Annual report of the Punjab Veterinary College and of the Civil Veterinary Department, Punjab - 1920-1925
Year: 1920
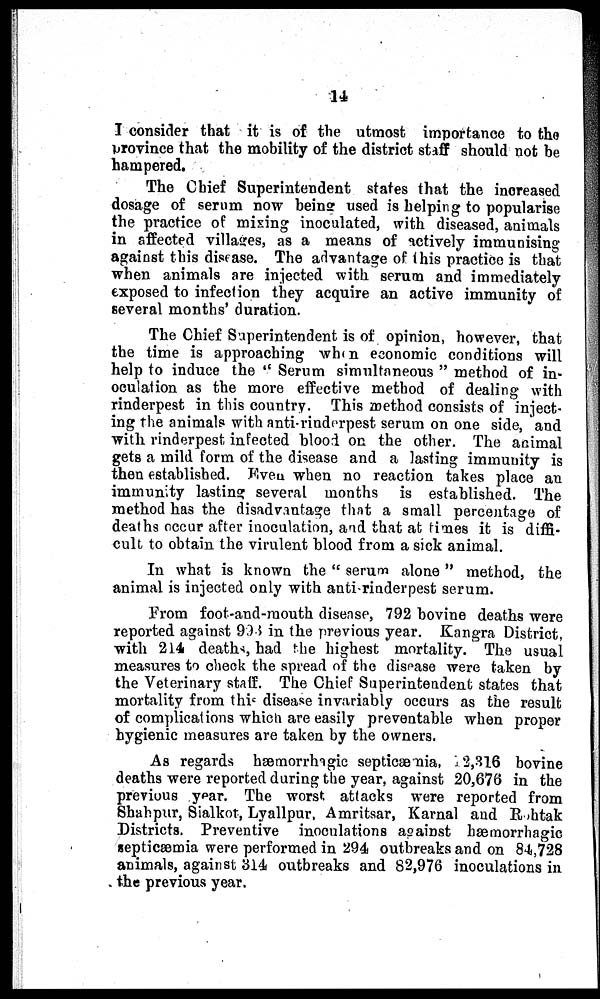
14
I consider that it is of the utmost importance to the
province that the mobility of the district staff should not be
hampered.
The Chief Superintendent states that the increased
dosage of serum now being used is helping to popularise
the practice of mixing inoculated, with diseased, animals
in affected villages, as a means of actively immunising
against this disease. The advantage of this practice is that
when animals are injected with serum and immediately
exposed to infection they acquire an active immunity of
several months' duration.
The Chief Superintendent is of opinion, however, that
the time is approaching when economic conditions will
help to induce the "Serum simultaneous" method of in-
oculation as the more effective method of dealing with
rinderpest in this country. This method consists of inject-
ing the animals with anti-rinderpest serum on one side, and
with rinderpest infected blood on the other. The animal
gets a mild form of the disease and a lasting immunity is
then established. Even when no reaction takes place an
immunity lasting several months is established. The
method has the disadvantage that a small percentage of
deaths occur after inoculation, and that at times it is diffi-
cult to obtain the virulent blood from a sick animal.
In what is known the "serum alone" method, the
animal is injected only with anti-rinderpest serum.
From foot-and-mouth disease, 792 bovine deaths were
reported against 993 in the previous year. Kangra District,
with 214 deaths, had the highest mortality. The usual
measures to check the spread of the disease were taken by
the Veterinary staff. The Chief Superintendent states that
mortality from this disease invariably occurs as the result
of complications which are easily preventable when proper
hygienic measures are taken by the owners.
As regards hæmorrhagic septicæmia, 12,316 bovine
deaths were reported during the year, against 20,676 in the
previous year. The worst attacks were reported from
Shahpur, Sialkot, Lyallpur, Amritsar, Karnal and Rohtak
Districts. Preventive inoculations against hæmorrhagic
septicæmia were performed in 294 outbreaks and on 84,728
animals, against 314 outbreaks and 82,976 inoculations in
the previous year.